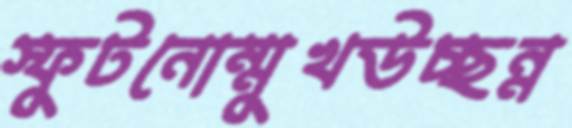
স্ফুটনোম্মুখউচ্ছন্ন